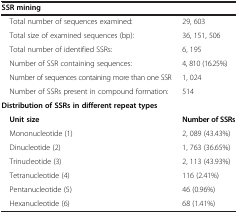
<table><thead><tr><td><b>SSR mining</b></td><td><b> </b></td></tr></thead><tbody><tr><td> Total number of sequences examined:</td><td>29, 603</td></tr><tr><td> Total size of examined sequences (bp):</td><td>36, 151, 506</td></tr><tr><td> Total number of identified SSRs:</td><td>6, 195</td></tr><tr><td> Number of SSR containing sequences:</td><td>4, 810 (16.25%)</td></tr><tr><td> Number of sequences containing more than one SSR</td><td>1, 024</td></tr><tr><td> Number of SSRs present in compound formation:</td><td>514</td></tr><tr><td><b>Distribution of SSRs in different repeat types</b></td><td> </td></tr><tr><td> <b>Unit size</b></td><td><b>Number of SSRs</b></td></tr><tr><td> Mononucleotide (1)</td><td>2, 089 (43.43%)</td></tr><tr><td> Dinucleotide (2)</td><td>1, 763 (36.65%)</td></tr><tr><td> Trinucleotide (3)</td><td>2, 113 (43.93%)</td></tr><tr><td> Tetranucleotide (4)</td><td>116 (2.41%)</td></tr><tr><td> Pentanucleotide (5)</td><td>46 (0.96%)</td></tr><tr><td> Hexanucleotide (6)</td><td>68 (1.41%)</td></tr></tbody></table>